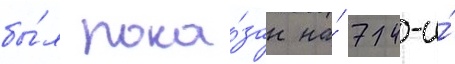
бы́л пока́зан на́ 74-и́